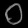
Digit: ၀